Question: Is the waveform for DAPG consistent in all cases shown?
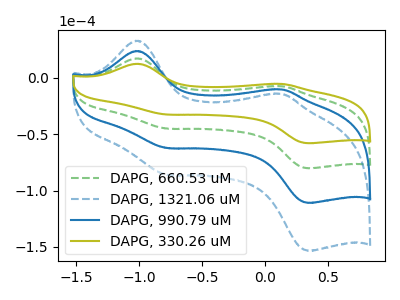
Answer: <think>The green dashed curve "DAPG, 660.53 uM" has anodic peaks at (-1.05V, 17.25uA) (0.15V, -7.40uA) and cathodic peaks at (-0.80V, -45.00uA) (0.35V, -80.20uA). The blue dashed curve "DAPG, 1321.06 uM" has anodic peaks at (-1.05V, 51.75uA) (0.15V, -22.25uA) and cathodic peaks at (-0.80V, -135.05uA) (0.35V, -240.60uA). The blue curve "DAPG, 990.79 uM" has anodic peaks at (-1.05V, 34.50uA) (0.15V, -14.85uA) and cathodic peaks at (-0.80V, -90.05uA) (0.35V, -160.40uA). The olive curve "DAPG, 330.26 uM" has anodic peaks at (-1.05V, 12.45uA) (0.15V, -5.35uA) and cathodic peaks at (-0.80V, -32.55uA) (0.35V, -58.00uA).
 All the peaks in "DAPG, 660.53 uM" have a peak in "DAPG, 1321.06 uM" at the same potential. All the peaks in "DAPG, 660.53 uM" have a peak in "DAPG, 990.79 uM" at the same potential. All the peaks in "DAPG, 660.53 uM" have a peak in "DAPG, 330.26 uM" at the same potential. All the peaks in "DAPG, 1321.06 uM" have a peak in "DAPG, 990.79 uM" at the same potential. All the peaks in "DAPG, 1321.06 uM" have a peak in "DAPG, 330.26 uM" at the same potential. All the peaks in "DAPG, 990.79 uM" have a peak in "DAPG, 330.26 uM" at the same potential.</think>
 <answer>All the CV's of "DAPG" have similar shape.</answer>
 <eval>follow_rule</eval>